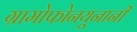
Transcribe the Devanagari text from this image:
ग्रामोफोनयूनानी